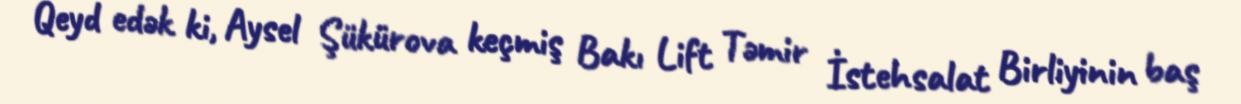
Qeyd edək ki, Aysel Şükürova keçmiş Bakı Lift Təmir İstehsalat Birliyinin baş